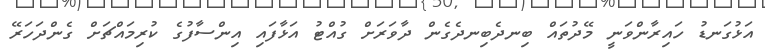
އަޅުގަނޑު ހައިރާންވަނީ މޭދުތައް ބިނދެބިނދެގެން ދާވަރަށް ގުއްޓު އަޅާފައި އިންސާފުގެ ކުރިމައްޗަށް ގެންދަހަރޭ